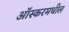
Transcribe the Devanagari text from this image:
आॅस्करमधील